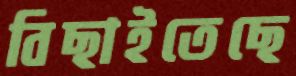
বিছাইতেছে